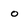
Character: o